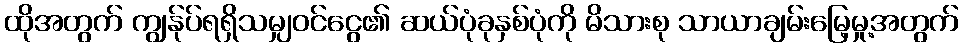
ထိုအတွက် ကျွန်ုပ်ရရှိသမျှဝင်ငွေ၏ ဆယ်ပုံခုနှစ်ပုံကို မိသားစု သာယာချမ်းမြေ့မှု့အတွက်